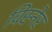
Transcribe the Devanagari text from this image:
विस्नेर